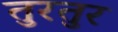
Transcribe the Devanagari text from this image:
तुरतुर